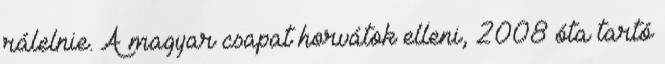
rálelnie. A magyar csapat horvátok elleni, 2008 óta tartó